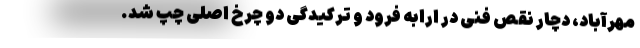
مهرآباد، دچار نقص فنی در ارابه فرود ‌و ترکیدگی دو چرخ اصلی چپ شد.